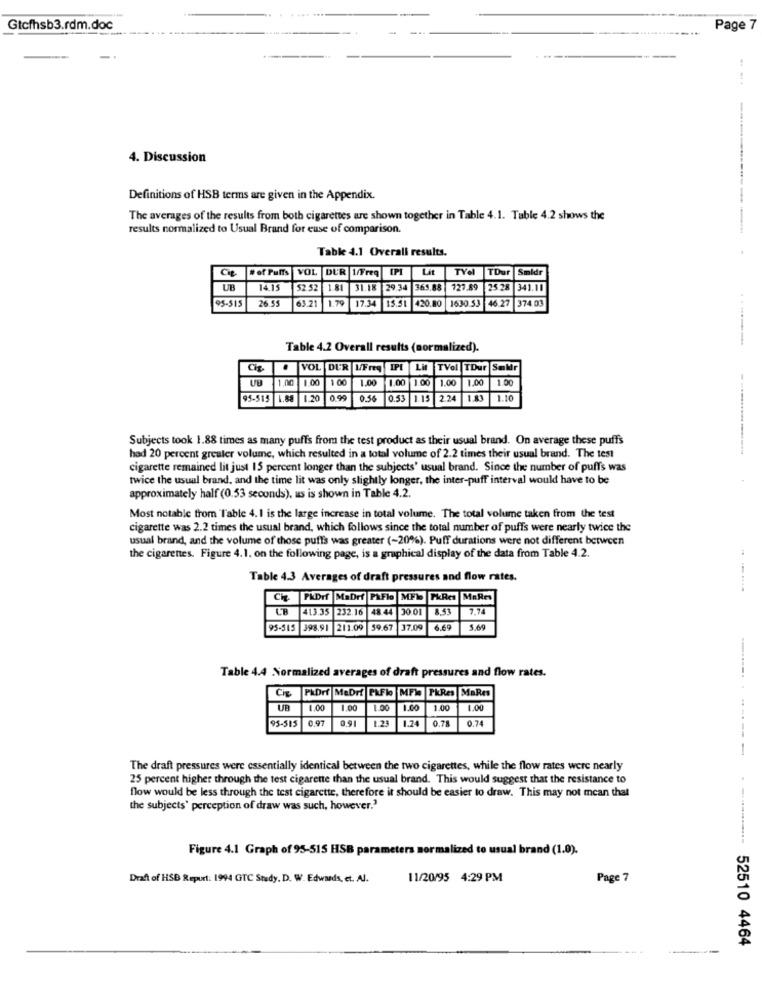
Gtcfhsb3.rdm.doc
---
Page 7
4. Discussion
Definitions of HSB terms are given in the Appendix.
The averages of the results from both cigarettes are shown together in Table 4.1. Table 4.2 shows the
results normalized to Usual Brand for euse of comparison.
Table 4.1 Overall results.
#of Puffs VOL DUR 1/Freq
IPI
Lit
TYel
TDur
Smldr
14.15
$2 52
1.81
31.18 29.34
365,88
127.89
25.28
341.10
95-515
26.5
1.79
17.34
15.51 420.80 1630.53 46.27
374.01
------
Table 4.2 Overall results (normalized).
Cis.
VOL DUR W/Freq
IPI Lit TVel TDur
Saldr
1,00
100
1.00
1.00
1.00
1.00
1.00
1.00
95-515 1.88
1.20
0.56
0.53 1.15 2.24
1.83
1.10
Subjects took 1.88 times as many puffs from the test product as their usual brand. On average these puffs
had 20 percent greater volume, which resulted in a total volume of 2.2 times their usual brand. The test
cigarette remained lit just 15 percent longer than the subjects' usual brand. Since the number of puffs was
twice the usual brand, and the time lit was only slightly longer, the inter-puff interval would have to be
approximately half (0.53 seconds), us is shown in Table 4.2.
Most notable from Table 4. 1 is the large increase in total volume. The total volume taken from the test
cigarette was 2.2 times the usual brand, which follows since the total number of puffs were nearly twice the
usual brand, and the volume of those puffs was greater (-20%). Puff durations were not different between
the cigarenes. Figure 4.1. on the following page, is a graphical display of the data from Table 4.2.
Table 4.3 Averages of draft pressures and flow rates.
PMDrf
MaDrf P&Flo
10 0€
PKRes
MARes
CB
41.3.35 232.16
48 4
7,74
95-515
398.91
211.09
59.67
37.09
6.69
5.69
Table 4.4 Normalized averages of draft pressures and flow rates.
Cis
PADrf MeDri PRFle MFW PkRes MaRes
UB
1.00
1.00
1.00
1.00
1.00
1.00
95-515
0,97
0.91
1.2
0.78
0.74
1.24
----
The draft pressures were essentially identical between the two cigarettes, while the flow rates were nearly
25 percent higher through the test cigarette than the usual brand. This would suggest that the resistance to
flow would be less through the test cigarette, therefore it should be easier to draw. This may not mean that
the subjects' perception of draw was such, however.'
Figure 4.1 Graph of 95-515 HSB parameters normalized to usual brand (1.0).
Draft of HSB Repurt: 1994 GTC Study. D. W. Edwards, et. Al.
11/20/95 4:29 PM
Page 7
******- 52510 4464